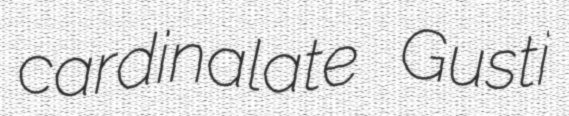
cardinalate Gusti